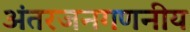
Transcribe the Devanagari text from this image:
अंतरजनगणनीय